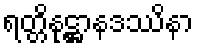
ရတ္တိနုဋ္ဌာနဒဿိနာ